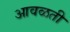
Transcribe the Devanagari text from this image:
आवळती